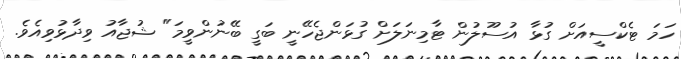
ހަމަ ޓެކްސީއަށް ގުޅާ އުސޫލުން ޓާމިނަލަށް ގުޅަންޖެހޭނީ ބަގީ ބޭނުންވީމަ" ޝުޖާއު ވިދާޅުވިއެވެ.